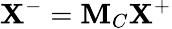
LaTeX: \mathbf{X}^{-}=\mathbf{M}_{C}\mathbf{X}^{+}